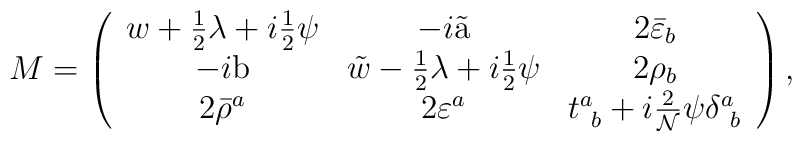
\displaystyle{M=\left(\begin{array}{ccc}       w+\textstyle{\frac{1}{2}}\lambda+i\textstyle{\frac{1}{2}}\psi &         -i\tilde{{\rm a}}&2\bar{\varepsilon}_{b}\\       -i{\rm b}&\tilde{w}-{\textstyle\frac{1}{2}}\lambda +i\textstyle{\frac{1}{2}}\psi &2\rho_{b}\\       2\bar{\rho}^{a}&2\varepsilon^{a}&t^{a}_{~b}+i\frac{2}{{\cal N}}\psi\delta^{a}_{~b}        \end{array}\right)}\,,